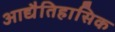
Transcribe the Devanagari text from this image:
आद्यैतिहासिक